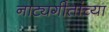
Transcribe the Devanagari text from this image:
नाट्यगीतांच्या